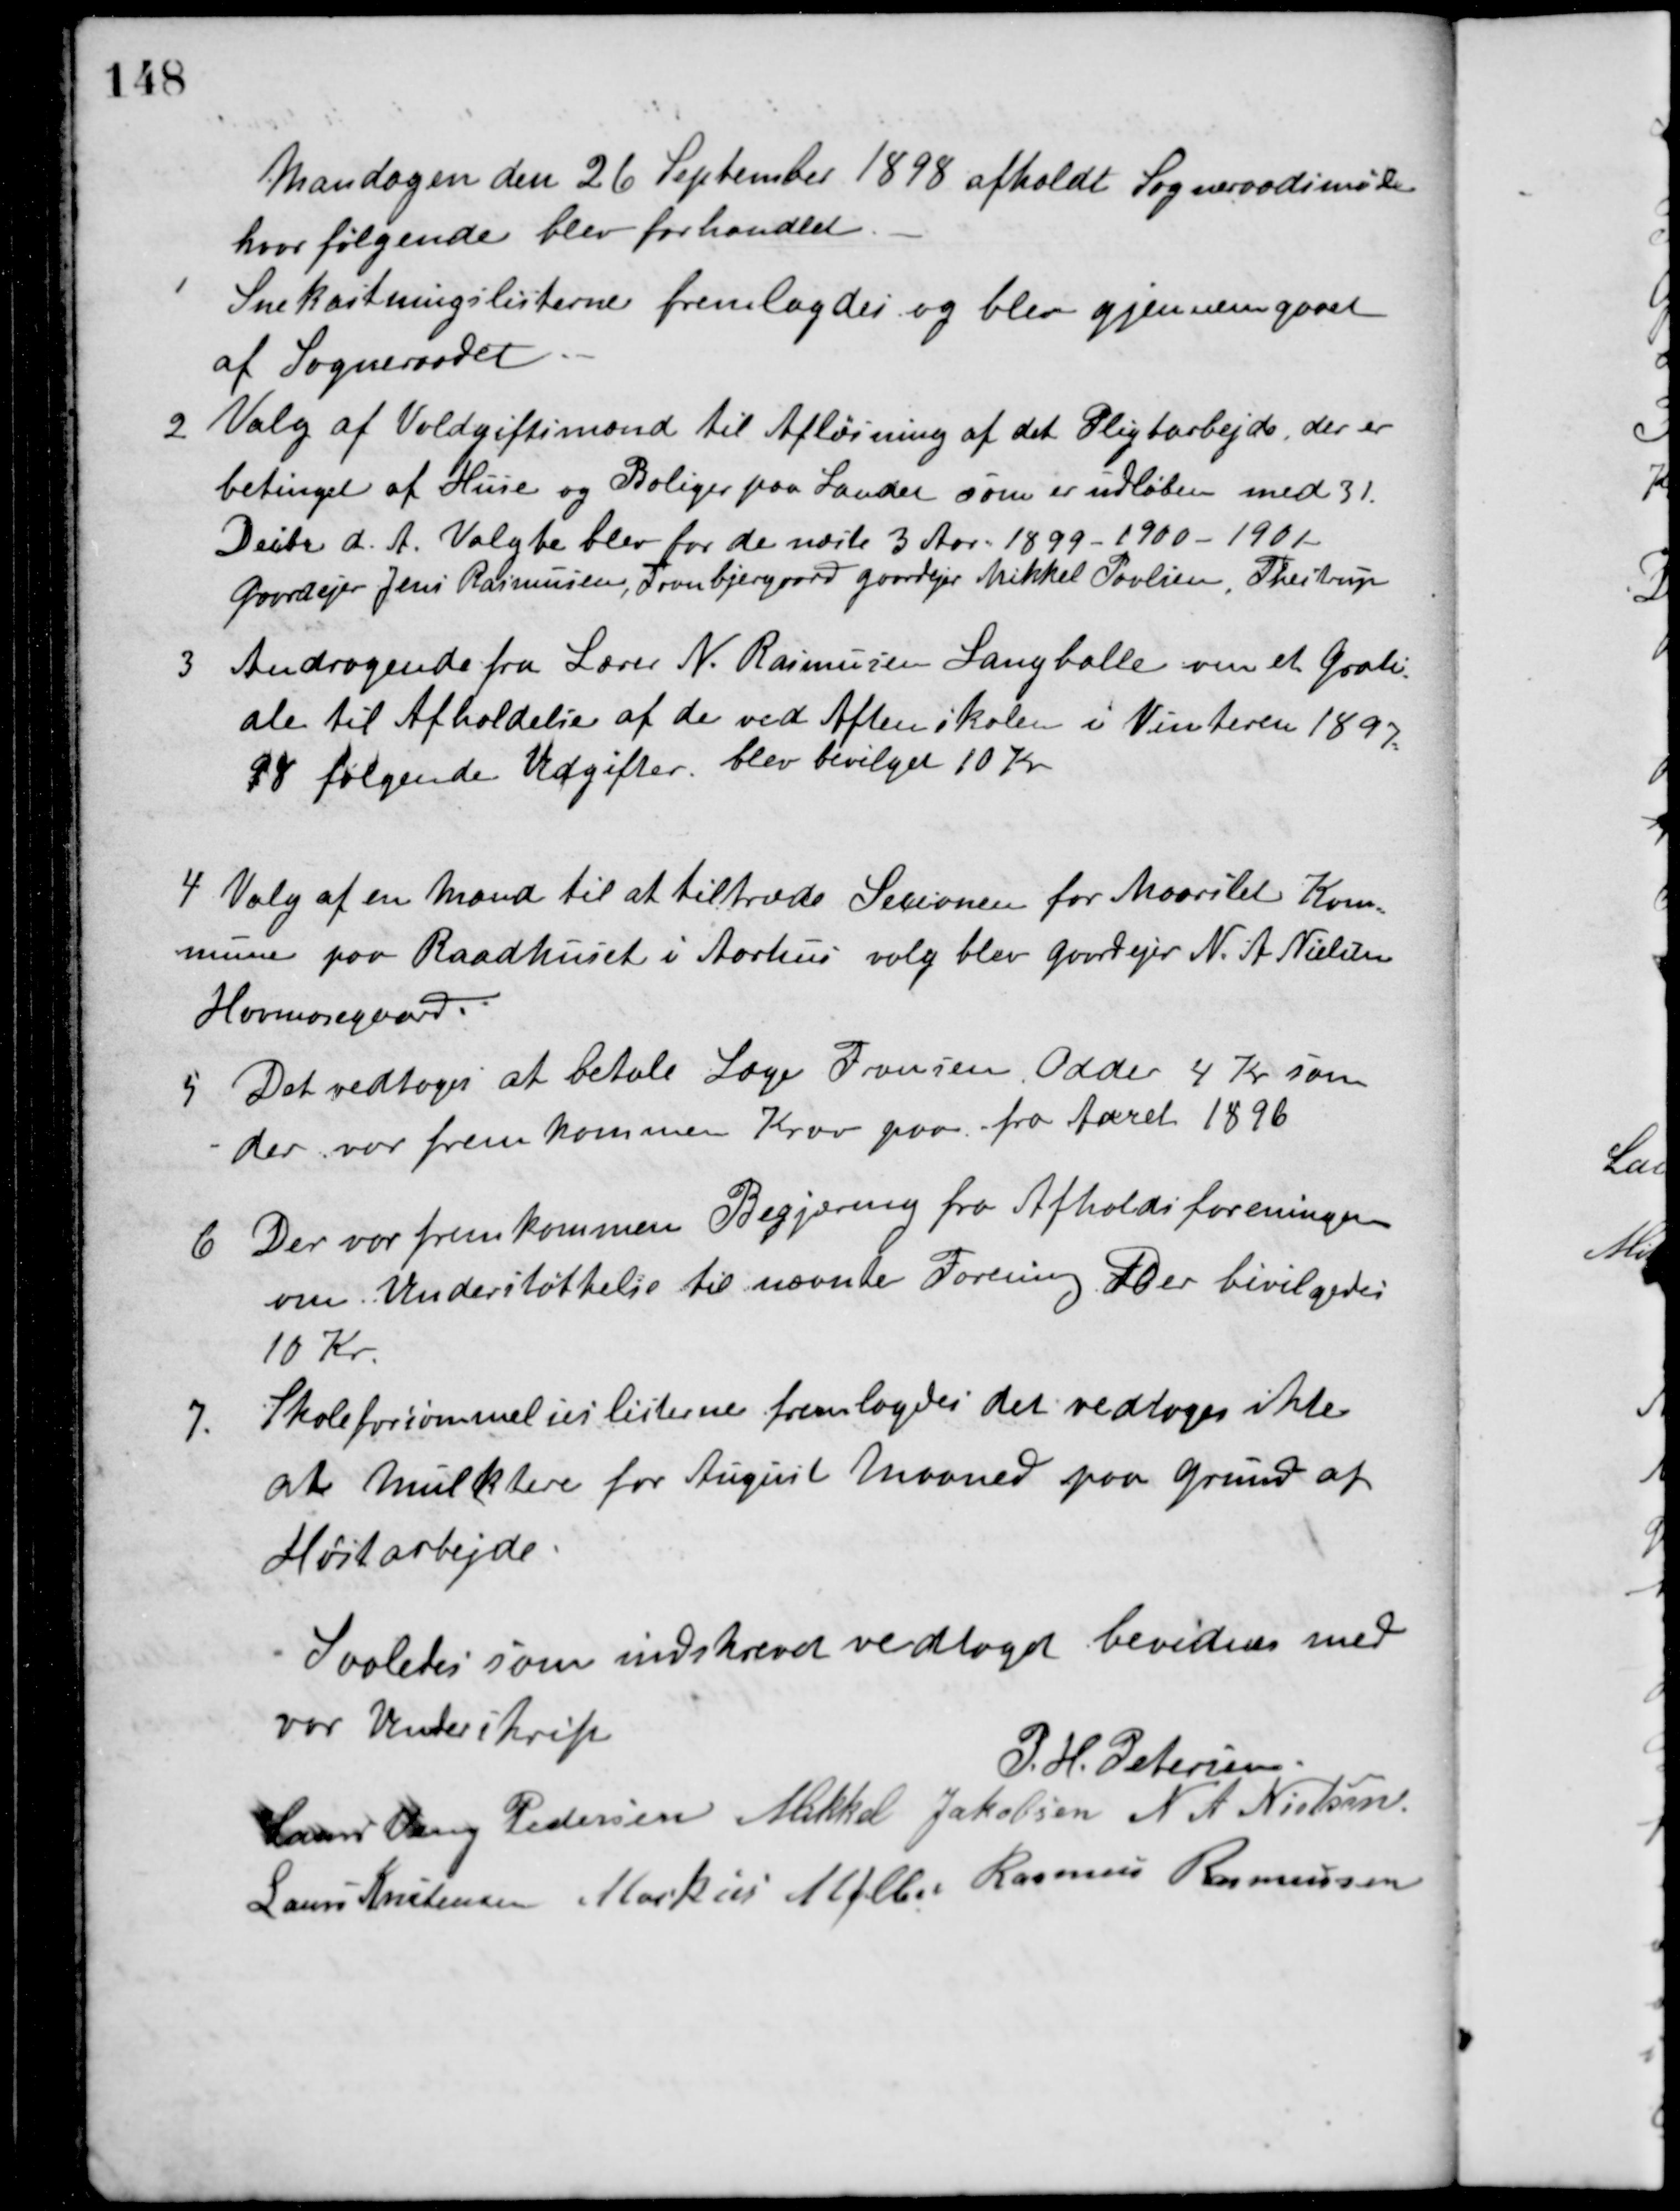
Transskription:
Mandagen den 26 September 1898 afholdt Sogneraadsmøde
hvor følgende blev forhandlet.
1 Snekastningslisterne fremlagdes og blev gjennemgaaet
af Sogneraadet.
2 Valg af Voldgiftsmænd til Afløsning af det Pligtarbejde, der er
betinget af Huse og Boliger paa Landet som er udløben med 31.
Decbr. d. A. Valgte blev for de næste 3 Aar 1899 - 1900 - 1901
Gaardejer Jens Rasmussen, Tranbjerggaard Gaardejer Mikkel Povlsen, Thestrup
3 Andragende fra Lærer N. Rasmussen Langballe om et Grati-
ale til Afholdelse af de ved Aftenskolen i Vinteren 1897-
98 følgende Udgifter. blev bevilget 10 Kr.
4 Valg af en Mand til at tiltræde Secionen for Maarslet Kom-
mune paa Raadhuset i Aarhus. valg blev Gaardejer N. A. Nielsen
Havmosegaard.
5 Det vedtoges at betale Læge Fransen, Odder 4 Kr. som
der var fremkommen Krav paa fra Aaret 1896.
6 Der var fremkommen Begjæring fra Afholdsforeningen
om Understøttelse til nævnte Forening. Der bevilgedes
10 Kr.
7. Skoleforsømmelseslisterne fremlagdes det vedtoges ikke
at Mulktere for August Maaned paa Grund af
Høstarbejde.
Saaledes som indskrevet vedtaget bevidnes med
vor Underskrift
P. H. Petersen
Laurs Veng Pedersen Mikkel Jakobsen N. A. Nielsen
Laurs Kristensen Markus Møller Rasmus Rasmussen